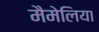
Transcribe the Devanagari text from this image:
मैमेलिया